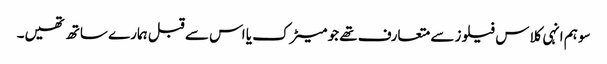
سو ہم انہی کلاس فیلوز سے متعارف تھے جو میٹرک یا اس سے قبل ہمارے ساتھ تھیں۔